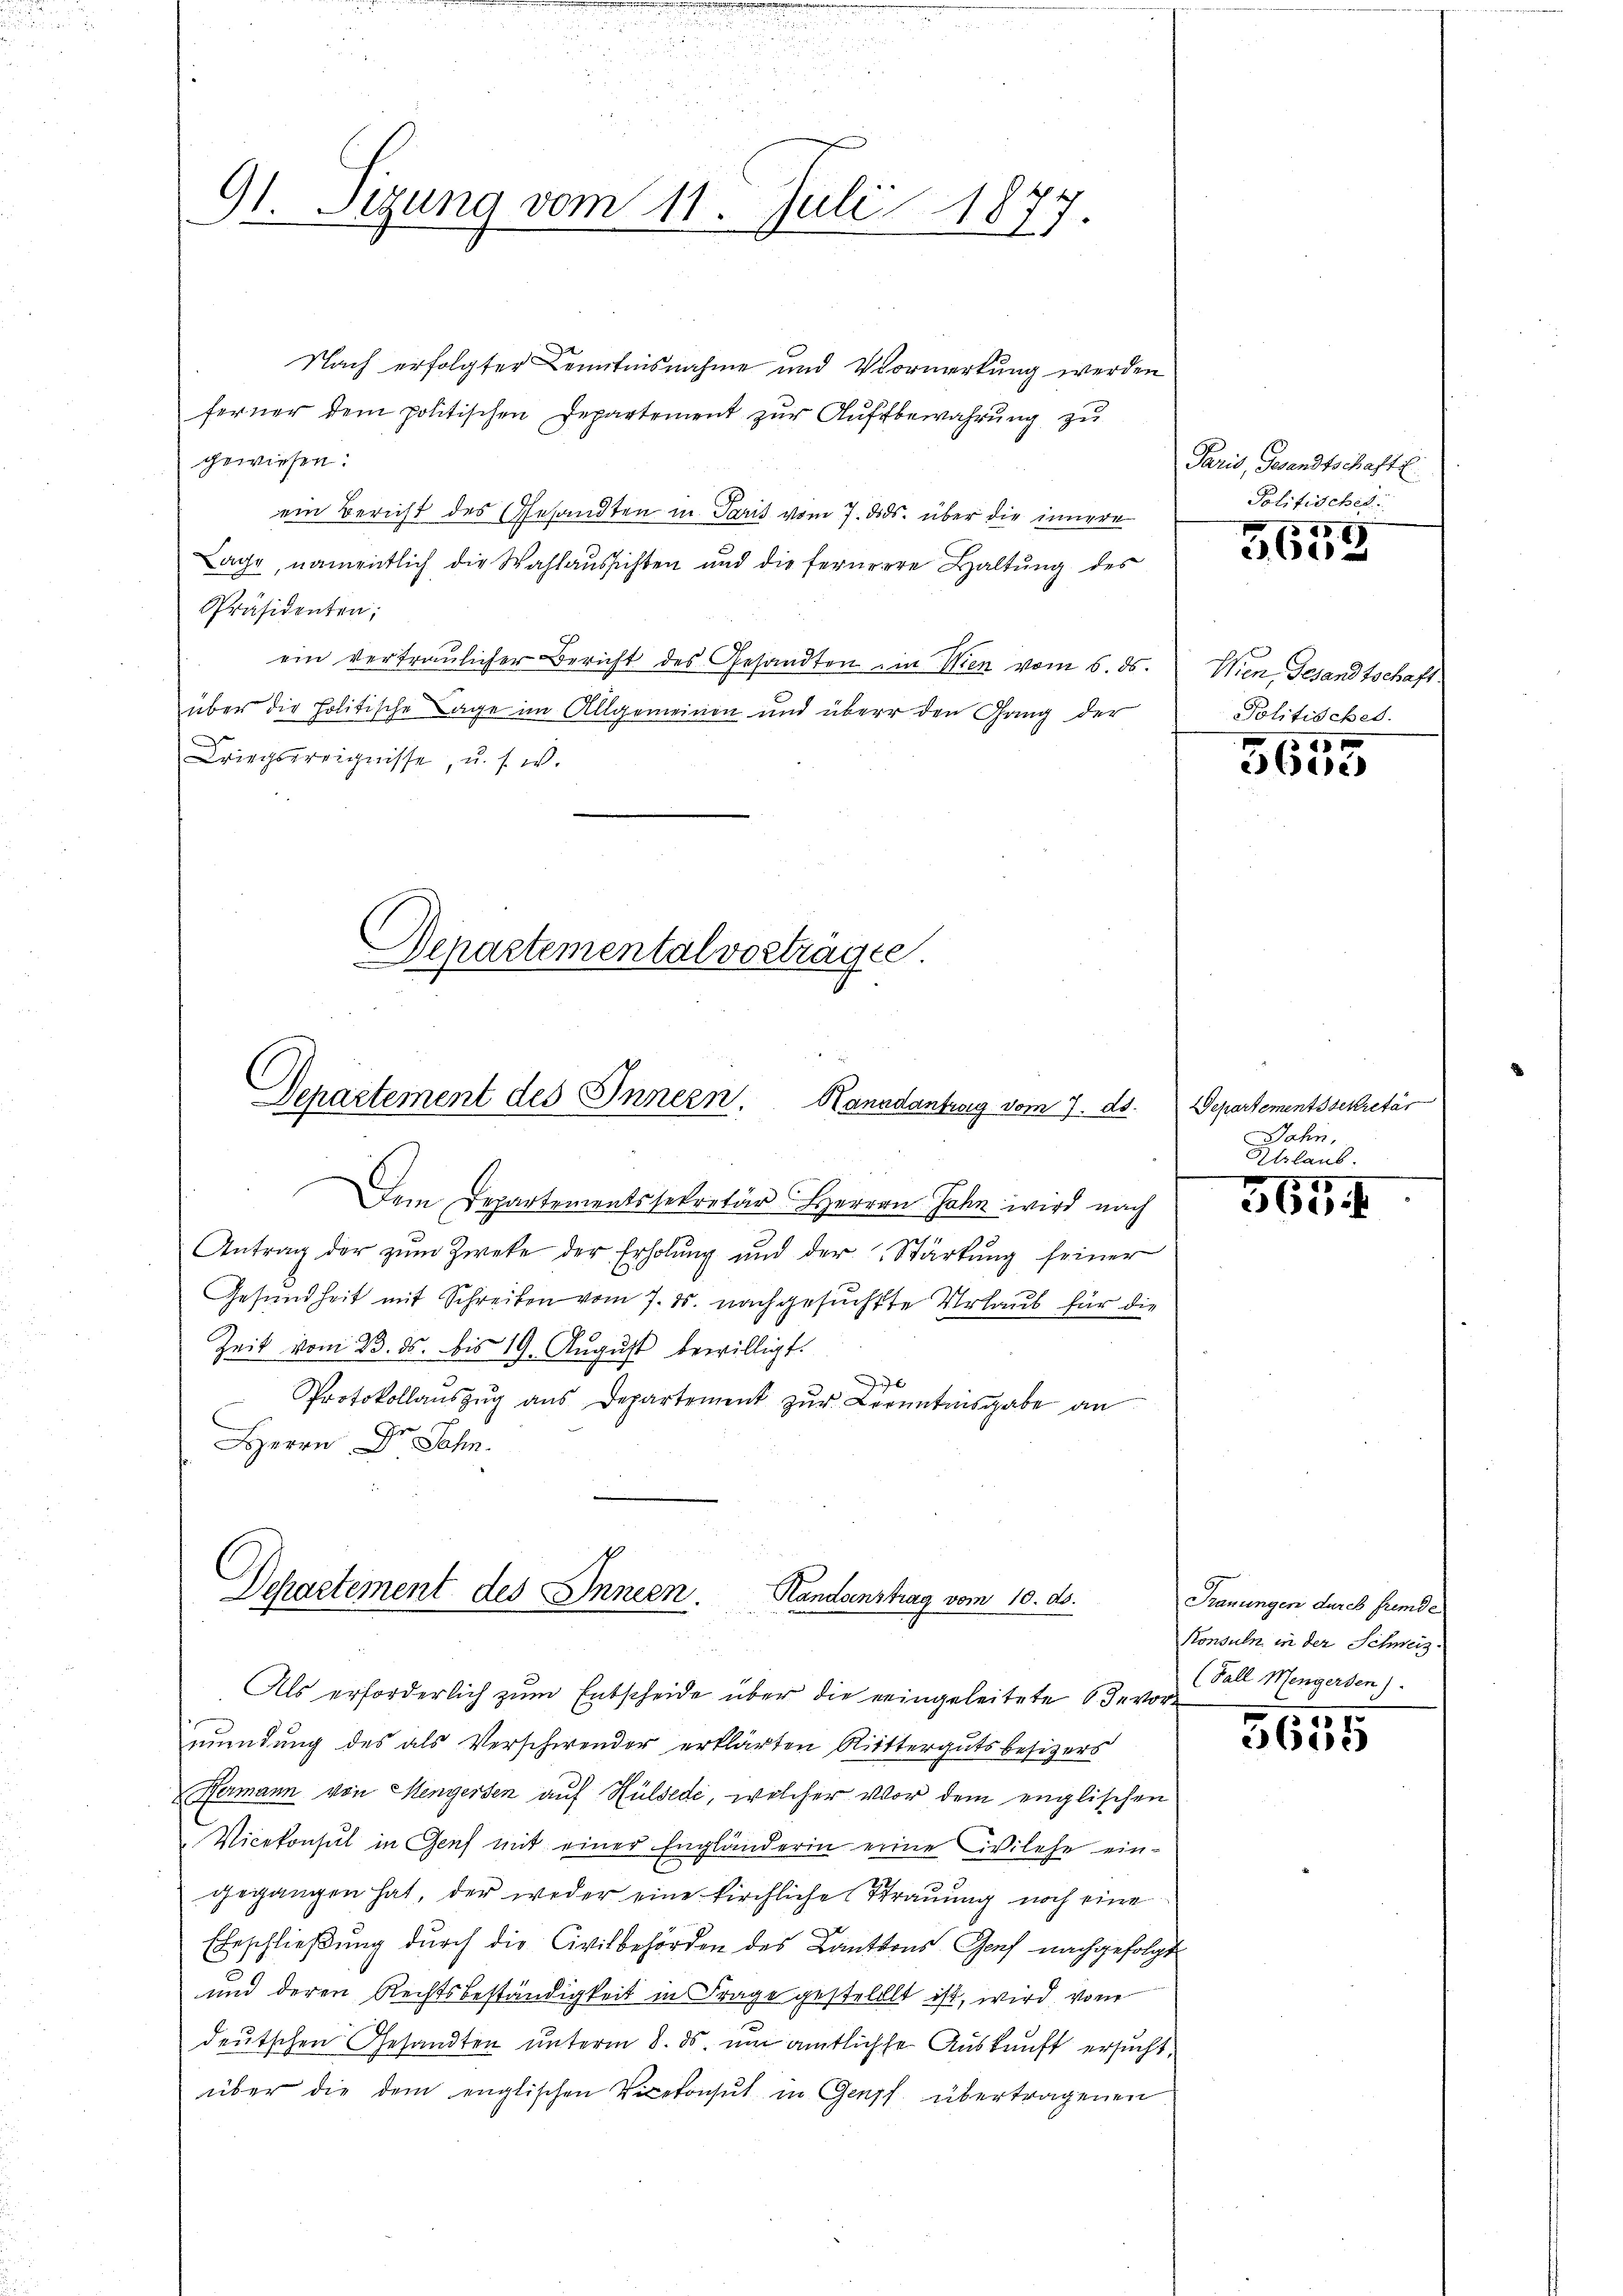
91. Sizung vom 11. Juli 1877.

Nach erfolgter Kenntnisnahme und Vormerkung werden
ferner dem politischen Departement zur Auffbewahrung zu
gewiesen.
ein Bericht des Gesandten in Paris vom 7. ds. über die innere
Lage, namentlich die Wahlaussichten und die fernere Haltung des
Präsidenten;
ein vertraulicher Bericht des Gesandten in Wien vom 5. ds.
über die Politische Lage im Allgemeinen und über den Gang der
Kriegsereignisse, u. s. w.
Departemental vortragte

Departement des Innern. Kanndantrag vom 7. ds.

Dchartement des Innern. Handanstrag vom 10. ds.

Dem Departementssekretär Herren Jahn wird nach
Antrag der zŭm Zwecke der Erholŭng und der Stärkŭng seiner
Gesundheit mit Schreiben vom 7. ds. nachgesuchte Urlaub für die
Zeit vom 23. ds. bis 19. August bewilligt.
Protokollaŭszŭg aŭs Departement zŭr Kenntnisgabe an
HHerrn Dr. Sahn.

Als erforderlich zum Entscheide über die reingeleitete devormendung des als Verschwender erklärten Rittergutsbesizers
Hermann von Mengersen auf Hülsedi, welcher vor dem englischen
Vicekonsul in Genf mit einer Engländerin eine Wilche ein-
gegangen hat, der weder eine kirchliche Strauung noch eine
Ebeschließung durch die Civilbehörden des Kantons Genf nachgefolgt
und deren Rechtsbeständigkeit in Frage gestellt ist, wird vom
deutschen Gesandten unterm 8. ds. um amtlichte Auskunft ersucht,
über die dem englischen Vicekonst in Genf übertragenen

Paris, Gesandtschaftl
Politisches

9
5605

Wien, Gesandtschaft.
Politisches.

ede

Departementssekretär
Jahn,
Urlaub

565.

Trauungen durch fremde
Konsuln in der Schweiz.
(Fall Mengerden).

5655